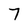
Character: 7